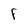
Character: F